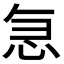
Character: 𭜣